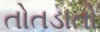
તોતડાતો